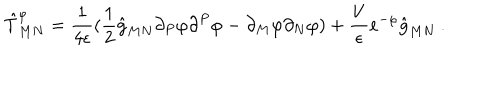
\hat { T } _ { M N } ^ { \varphi } = { \frac { 1 } { 4 \epsilon } } ( \frac { 1 } { 2 } \hat { g } _ { M N } \partial _ { P } \varphi \partial ^ { P } \varphi - \partial _ { M } \varphi \partial _ { N } \varphi ) + \frac { V } { \epsilon } e ^ { - \varphi } \hat { g } _ { M N } \: .